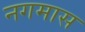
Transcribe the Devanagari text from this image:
नगमास